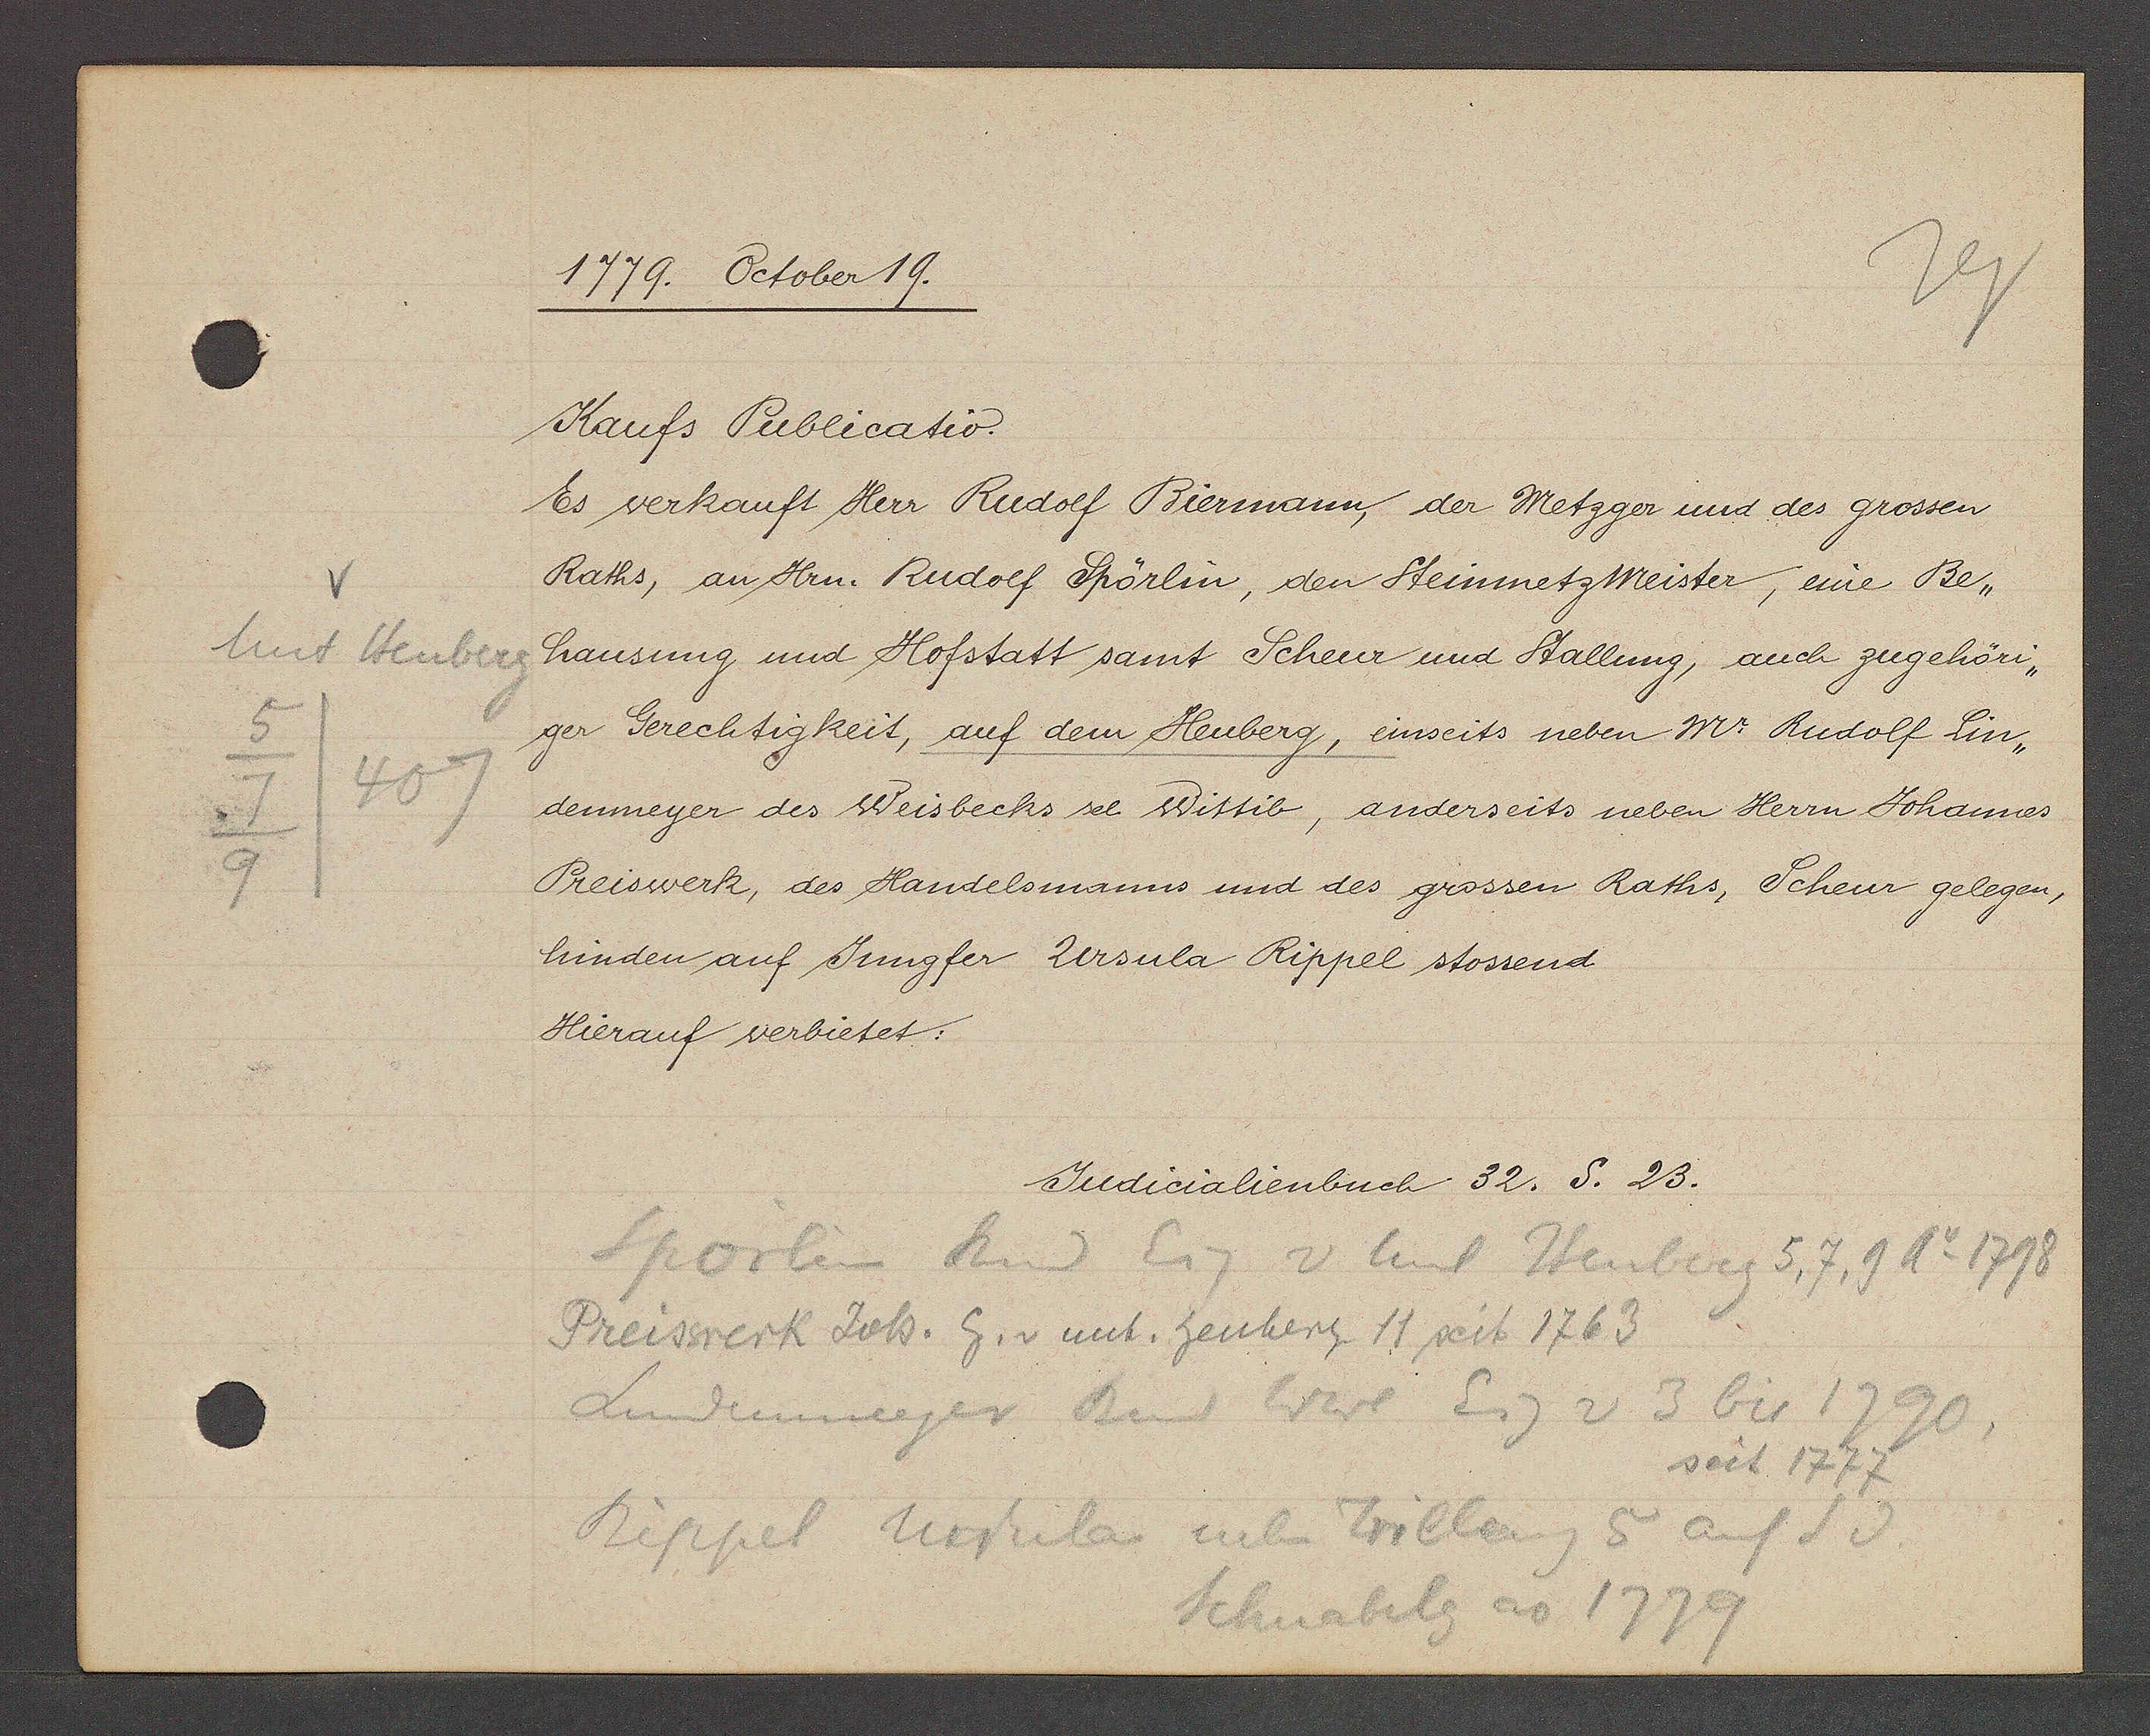
Transcript:
Unt Heuberg
5
407
7
9

1779. October 19.

Kaufs Publicatio.
Es verkauft Herr Rudolf Biermann, der Metzger und des grossen
Raths, an Hrn. Rudolf Spörlin, den Steinmetz Meister, eine Be¬
hausung und Hofstatt samt Scheur und Stallung, auch zugehöri¬
ger Gerechtigkeit, auf dem Heuberg, einseits neben Mr Rudolf Lin¬
denmeyer des Weisbecks se Wittib, anderseits neben Herrn Johannes
Preiswerk, des Handelsmanns und des grossen Raths, Scheur gelegen,
hinden auf Jungfer Ursula Rippel stossend
Hierauf verbietet:

Judicialienbuch 32. S. 23.

Sporlin Rud Eig v unt Heuberg 5, 7, 9 Ao 1798
Preiswerk Joh. Eg. v unt. heuherg 11 seit 1763
Lindenmeyer Rud Wwe Eig v 3 bis 1790,
seit 1777
Rippel Ursula neben Trilleng 5 auf S d.
Schnabelg ao 1779